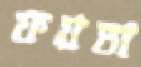
ফয়তা